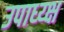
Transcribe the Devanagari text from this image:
उपाध्य्क्ष